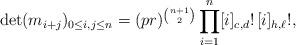
LaTeX: \begin{align*}\det(m_{i+j})_{0\leq i,j\leq n}= (pr)^{{n+1\choose 2}}\prod_{i=1}^n [i]_{c,d}!\, [i]_{h,\ell}!,\end{align*}